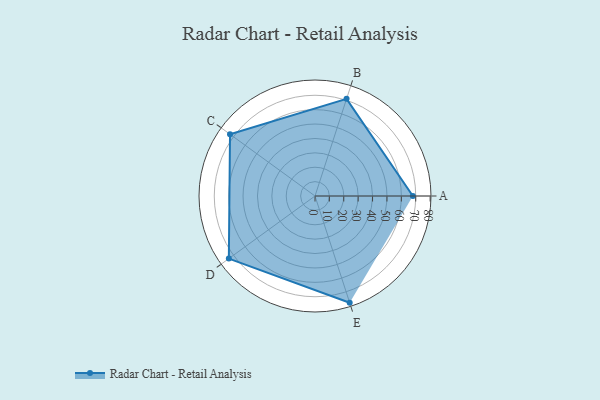
{"axis": {"x": "Skill", "y": "Score"}, "legend": ["Profile"], "data": [{"x": "A", "y": 68.0, "type": "Profile"}, {"x": "B", "y": 71.0, "type": "Profile"}, {"x": "C", "y": 73.0, "type": "Profile"}, {"x": "D", "y": 74.0, "type": "Profile"}, {"x": "E", "y": 78.0, "type": "Profile"}]}